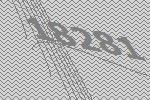
18281